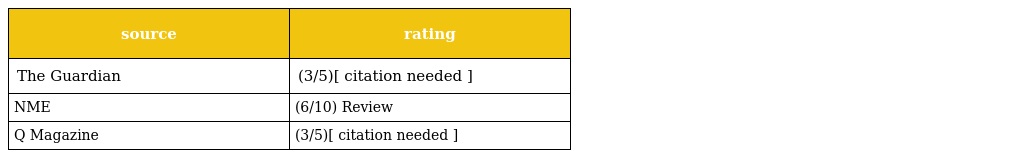
| source | rating |
 | --- | --- |
 | The Guardian | (3/5)[ citation needed ] |
 | NME | (6/10) Review |
 | Q Magazine | (3/5)[ citation needed ] |